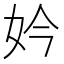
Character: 妗